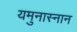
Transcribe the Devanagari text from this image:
यमुनास्नान